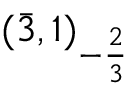
( { \bar { 3 } } , 1 ) _ { - { \frac { 2 } { 3 } } }